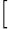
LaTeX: [